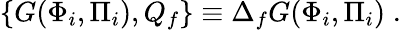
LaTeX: \{ G(\Phi_{i},\Pi_{i}),Q_{f}\} \equiv\Delta_{f}G(\Phi_{i},\Pi_{i})\; .